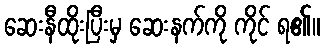
ဆေးနီထိုးပြီးမှ ဆေးနက်ကို ကိုင် ရ၏။